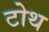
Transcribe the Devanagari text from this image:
टोथ